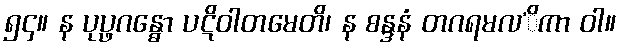
၅၄။ န ပုပ္ဖဂန္ဓော ပဋိဝါတမေတိ၊ န စန္ဒနံ တဂရမလ’ိကာ ဝါ။